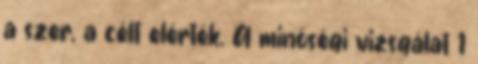
a szer, a célt elérték. A minőségi vizsgálat 1